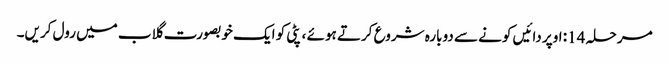
مرحلہ 14: اوپر دائیں کونے سے دوبارہ شروع کرتے ہوئے ، پٹی کو ایک خوبصورت گلاب میں رول کریں۔